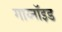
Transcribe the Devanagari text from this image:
गाय्नॉइड